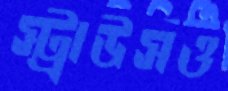
স্ট্রাউসও